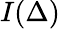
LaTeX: I(\Delta)